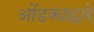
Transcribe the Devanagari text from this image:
ओंडक्याद्वारे